Report on enteric fever
Disease focus: Fever
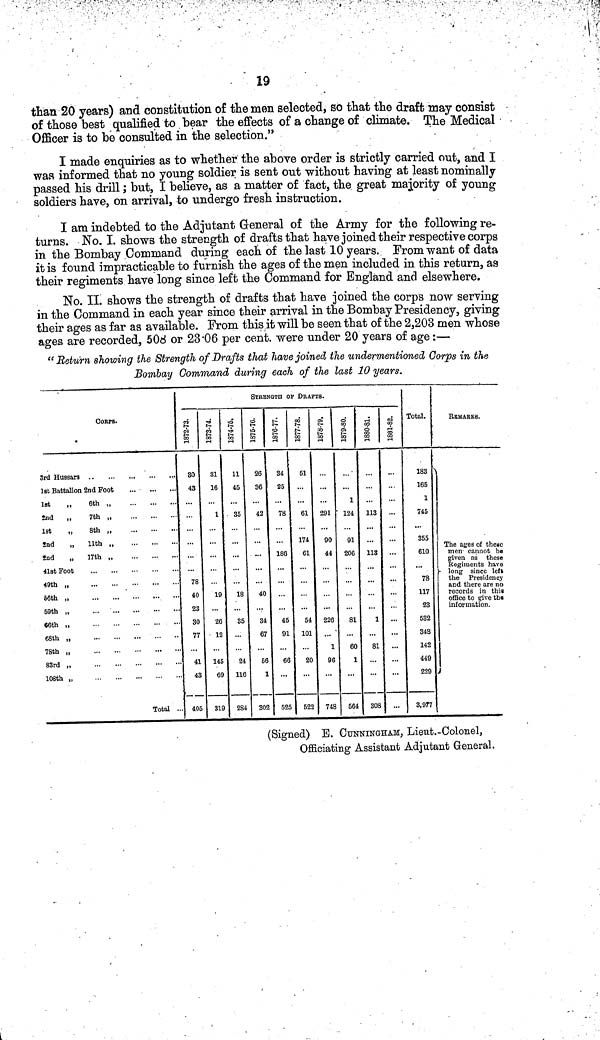
19
than 20 years) and constitution of the men selected, so that the draft may consist
of those best qualified to bear the effects of a change of climate. The Medical
Officer is to be consulted in the selection."
I made enquiries as to whether the above order is strictly carried out, and I
was informed that no young soldier is sent out without having at least nominally
passed his drill; but, I believe, as a matter of fact, the great majority of young
soldiers have, on arrival, to undergo fresh instruction.
I am indebted to the Adjutant General of the Army for the following re-
turns. No. I. shows the strength of drafts that have joined their respective corps
in the Bombay Command during each of the last 10 years. From want of data
it is found impracticable to furnish the ages of the men included in this return, as
their regiments have long since left the Command for England and elsewhere.
No. II. shows the strength of drafts that have joined the corps now serving
in the Command in each year since their arrival in the Bombay Presidency, giving
their ages as far as available. From this it will be seen that of the 2,203 men whose
ages are recorded, 508 or 23.06 per cent. were under 20 years of age:—
" Return showing the Strength of Drafts that have joined the undermentioned Corps in the
Bombay Command during each of the last 10 years.
CORPS.
3rd Hussars
1st Battalion 2nd Foot
1st
„
6th „
2nd
„
7th „
1st
„
8th ,
2nd
„ 11th ,
2nd
„
17th „
41st Foot
49th „
56th „
59th „
66th ,
68th „
78th „
83rd „
108th „
Total .
STRENGTH OF DRAFTS.
1872-73.
30
43
78
40
23
30
77
41
43
405
31
16
1
19
26
12
145
69
319
11
45
35
18
35
24
116
284
26
36
42
40
34
67
56
1
302
34
25
78
186
45
91
66
525
1877-1878.
51
61
174
61
54
101
20
522
8"
00
00
291
90
44
226
1
96
748
1
124
91
206
81
60
1
564
113
113
1
81
...
308
...
Total.
183
165
1
745
355
610
78
117
23
532
348
142
449
229
3,977
REMARKS.
The ages of these
men cannot be
given as these
Regiments have
long since left
the Presidency
and there are no
records in this
office to give the
information.
(Signed) E. CUNNINGHAM, Lieut.-Colonel,
Officiating Assistant Adjutant General.